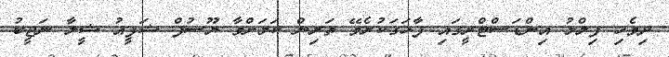
ދިވެހި ފިލްމު އިންޑަސްޓްރީގައި ފާހަގަކުރެވޭ ތަރިން ކަމަށްވާ ޔޫސުފް ޝަފީއު ޝީލާ ނަޖީބު